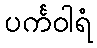
ပင်္ကဝါရံ